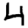
Digit: 4